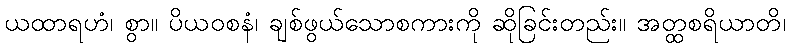
ယထာရဟံ၊ စွာ။ ပိယဝစနံ၊ ချစ်ဖွယ်သောစကားကို ဆိုခြင်းတည်း။ အတ္ထစရိယာတိ၊